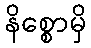
နိစ္စောမှိ